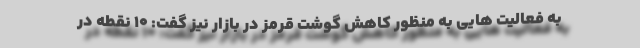
به فعالیت هایی به منظور کاهش گوشت قرمز در بازار نیز گفت: ۱۰ نقطه در